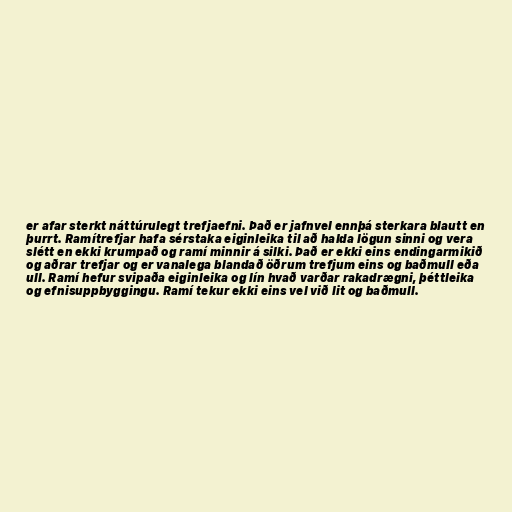
er afar sterkt náttúrulegt trefjaefni. Það er jafnvel ennþá sterkara blautt en
þurrt. Ramítrefjar hafa sérstaka eiginleika til að halda lögun sinni og vera
slétt en ekki krumpað og ramí minnir á silki. Það er ekki eins endingarmikið
og aðrar trefjar og er vanalega blandað öðrum trefjum eins og baðmull eða
ull. Ramí hefur svipaða eiginleika og lín hvað varðar rakadrægni, þéttleika
og efnisuppbyggingu. Ramí tekur ekki eins vel við lit og baðmull.